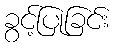
ခွင့်ပြုခြင်း